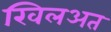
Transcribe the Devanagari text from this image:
खिलअत